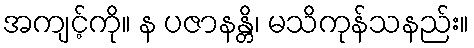
အကျင့်ကို။ န ပဇာနန္တိ၊ မသိကုန်သနည်း။